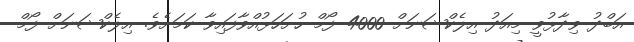
އަބްދު ވިދާޅުވީ މިއަދު އިލެކްޝަނަށް 4000 ފޯމް ހުށަހަޅުއްވާފައިވާ ކަމަށެވެ. އިލެކްޝަނަށް ފޯމް